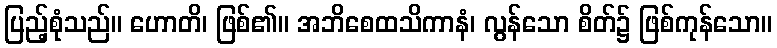
ပြည့်စုံသည်။ ဟောတိ၊ ဖြစ်၏။ အဘိစေထသိကာနံ၊ လွန်သော စိတ်၌ ဖြစ်ကုန်သော။